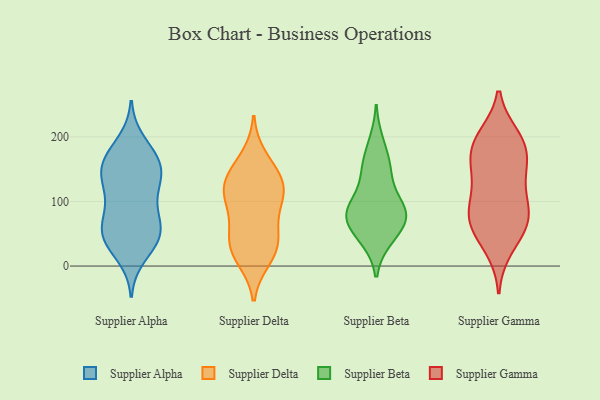
{"axis": {"x": "Website Visitors", "y": "Value"}, "legend": ["Supplier Alpha", "Supplier Beta", "Supplier Delta", "Supplier Gamma"], "data": [{"x": "", "y": 94, "type": "Supplier Alpha"}, {"x": "", "y": 167, "type": "Supplier Alpha"}, {"x": "", "y": 138, "type": "Supplier Alpha"}, {"x": "", "y": 42, "type": "Supplier Alpha"}, {"x": "", "y": 71, "type": "Supplier Alpha"}, {"x": "", "y": 171, "type": "Supplier Alpha"}, {"x": "", "y": 115, "type": "Supplier Alpha"}, {"x": "", "y": 40, "type": "Supplier Alpha"}, {"x": "", "y": 49, "type": "Supplier Alpha"}, {"x": "", "y": 168, "type": "Supplier Alpha"}, {"x": "", "y": 16, "type": "Supplier Alpha"}, {"x": "", "y": 137, "type": "Supplier Alpha"}, {"x": "", "y": 40, "type": "Supplier Alpha"}, {"x": "", "y": 145, "type": "Supplier Alpha"}, {"x": "", "y": 86, "type": "Supplier Alpha"}, {"x": "", "y": 56, "type": "Supplier Alpha"}, {"x": "", "y": 192, "type": "Supplier Alpha"}, {"x": "", "y": 132, "type": "Supplier Alpha"}, {"x": "", "y": 55, "type": "Supplier Alpha"}, {"x": "", "y": 154, "type": "Supplier Alpha"}, {"x": "", "y": 82, "type": "Supplier Delta"}, {"x": "", "y": 43, "type": "Supplier Delta"}, {"x": "", "y": 43, "type": "Supplier Delta"}, {"x": "", "y": 100, "type": "Supplier Delta"}, {"x": "", "y": 114, "type": "Supplier Delta"}, {"x": "", "y": 141, "type": "Supplier Delta"}, {"x": "", "y": 19, "type": "Supplier Delta"}, {"x": "", "y": 35, "type": "Supplier Delta"}, {"x": "", "y": 167, "type": "Supplier Delta"}, {"x": "", "y": 112, "type": "Supplier Delta"}, {"x": "", "y": 12, "type": "Supplier Delta"}, {"x": "", "y": 136, "type": "Supplier Delta"}, {"x": "", "y": 127, "type": "Supplier Delta"}, {"x": "", "y": 71, "type": "Supplier Beta"}, {"x": "", "y": 82, "type": "Supplier Beta"}, {"x": "", "y": 191, "type": "Supplier Beta"}, {"x": "", "y": 82, "type": "Supplier Beta"}, {"x": "", "y": 66, "type": "Supplier Beta"}, {"x": "", "y": 148, "type": "Supplier Beta"}, {"x": "", "y": 82, "type": "Supplier Beta"}, {"x": "", "y": 138, "type": "Supplier Beta"}, {"x": "", "y": 98, "type": "Supplier Beta"}, {"x": "", "y": 161, "type": "Supplier Beta"}, {"x": "", "y": 44, "type": "Supplier Beta"}, {"x": "", "y": 42, "type": "Supplier Beta"}, {"x": "", "y": 90, "type": "Supplier Beta"}, {"x": "", "y": 145, "type": "Supplier Gamma"}, {"x": "", "y": 145, "type": "Supplier Gamma"}, {"x": "", "y": 70, "type": "Supplier Gamma"}, {"x": "", "y": 182, "type": "Supplier Gamma"}, {"x": "", "y": 191, "type": "Supplier Gamma"}, {"x": "", "y": 28, "type": "Supplier Gamma"}, {"x": "", "y": 173, "type": "Supplier Gamma"}, {"x": "", "y": 200, "type": "Supplier Gamma"}, {"x": "", "y": 59, "type": "Supplier Gamma"}, {"x": "", "y": 49, "type": "Supplier Gamma"}, {"x": "", "y": 142, "type": "Supplier Gamma"}, {"x": "", "y": 101, "type": "Supplier Gamma"}, {"x": "", "y": 84, "type": "Supplier Gamma"}, {"x": "", "y": 84, "type": "Supplier Gamma"}, {"x": "", "y": 84, "type": "Supplier Gamma"}, {"x": "", "y": 197, "type": "Supplier Gamma"}]}